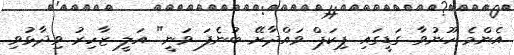
އެންމެ ހޫނުވާ ގަޑީގައި ޕިކަޕް ވައްދާށޭ ބުނެފަ ވަނީ" އަލީ ޒާހިރު ވިދާޅުވި